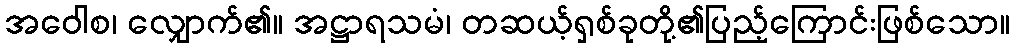
အဝေါစ၊ လျှောက်၏။ အဋ္ဌာရသမံ၊ တဆယ့်ရှစ်ခုတို့၏ပြည့်ကြောင်းဖြစ်သော။